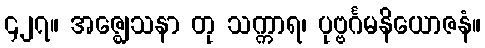
၄၂၇။ အဇ္ဈေသနာ တု သက္ကာရ၊ ပုဗ္ဗင်္ဂမနိယောဇနံ။